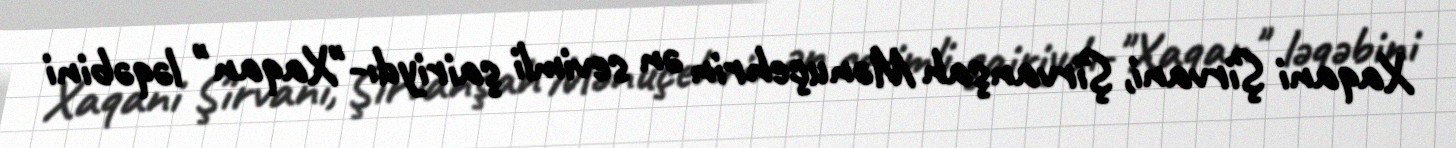
Xaqani Şirvani, Şirvanşah Mənuçehrin ən sevimli şairiydı-"Xaqan" ləqəbini